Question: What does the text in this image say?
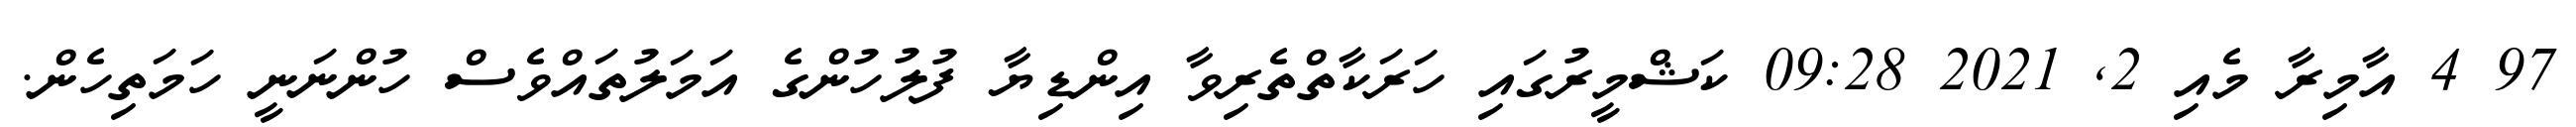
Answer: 97 4 އާމިރާ މެއި 2, 2021 09:28 ކަޝްމީރުގައި ހަރަކާތްތެރިވާ އިންޑިޔާ ފުލުހުންގެ އަމަލުތައްވެސް ހުންނަނީ ހަމަތިހެން.